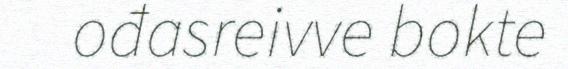
ođasreivve bokte